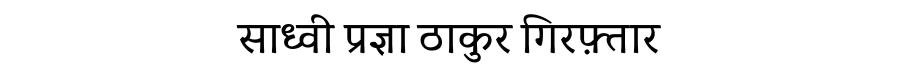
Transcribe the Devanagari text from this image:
साध्वी प्रज्ञा ठाकुर गिरफ़्तार